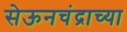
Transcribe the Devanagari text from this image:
सेऊनचंद्राच्या